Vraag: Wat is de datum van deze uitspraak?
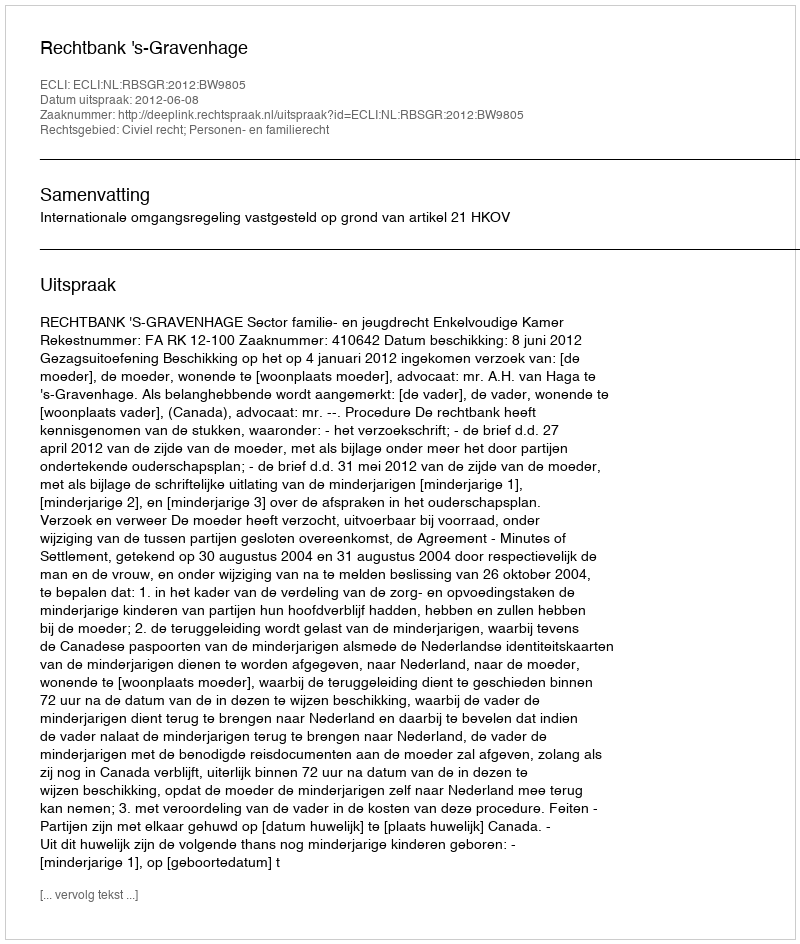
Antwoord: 2012-06-08